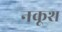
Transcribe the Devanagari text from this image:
नकूश